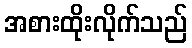
အစားထိုးလိုက်သည်